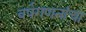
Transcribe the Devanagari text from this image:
वर्षगणनांचा